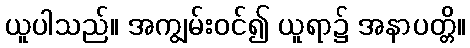
ယူပါသည်။ အကျွမ်းဝင်၍ ယူရာ၌ အနာပတ္တိ။